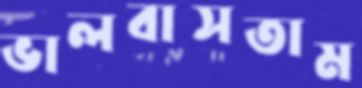
ভালবাসতাম